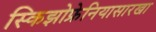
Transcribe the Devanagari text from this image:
स्किझोफ्रेनियासारखा